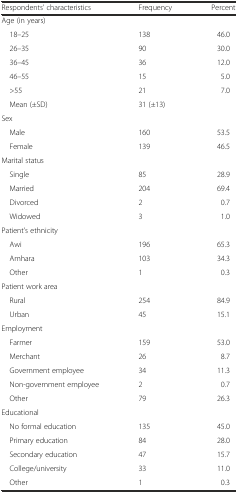
<table><thead><tr><td><b>Respondents’ characteristics</b></td><td><b>Frequency</b></td><td><b>Percent</b></td></tr></thead><tbody><tr><td>Age (in years)</td><td></td><td></td></tr><tr><td> 18–25</td><td>138</td><td>46.0</td></tr><tr><td> 26–35</td><td>90</td><td>30.0</td></tr><tr><td> 36–45</td><td>36</td><td>12.0</td></tr><tr><td> 46–55</td><td>15</td><td>5.0</td></tr><tr><td> &gt;55</td><td>21</td><td>7.0</td></tr><tr><td> Mean (±SD)</td><td>31 (±13)</td><td></td></tr><tr><td>Sex</td><td></td><td></td></tr><tr><td> Male</td><td>160</td><td>53.5</td></tr><tr><td> Female</td><td>139</td><td>46.5</td></tr><tr><td>Marital status</td><td></td><td></td></tr><tr><td> Single</td><td>85</td><td>28.9</td></tr><tr><td> Married</td><td>204</td><td>69.4</td></tr><tr><td> Divorced</td><td>2</td><td>0.7</td></tr><tr><td> Widowed</td><td>3</td><td>1.0</td></tr><tr><td>Patient’s ethnicity</td><td></td><td></td></tr><tr><td> Awi</td><td>196</td><td>65.3</td></tr><tr><td> Amhara</td><td>103</td><td>34.3</td></tr><tr><td> Other</td><td>1</td><td>0.3</td></tr><tr><td>Patient work area</td><td></td><td></td></tr><tr><td> Rural</td><td>254</td><td>84.9</td></tr><tr><td> Urban</td><td>45</td><td>15.1</td></tr><tr><td>Employment</td><td></td><td></td></tr><tr><td> Farmer</td><td>159</td><td>53.0</td></tr><tr><td> Merchant</td><td>26</td><td>8.7</td></tr><tr><td> Government employee</td><td>34</td><td>11.3</td></tr><tr><td> Non-government employee</td><td>2</td><td>0.7</td></tr><tr><td> Other</td><td>79</td><td>26.3</td></tr><tr><td>Educational</td><td></td><td></td></tr><tr><td> No formal education</td><td>135</td><td>45.0</td></tr><tr><td> Primary education</td><td>84</td><td>28.0</td></tr><tr><td> Secondary education</td><td>47</td><td>15.7</td></tr><tr><td> College/university</td><td>33</td><td>11.0</td></tr><tr><td> Other</td><td>1</td><td>0.3</td></tr></tbody></table>